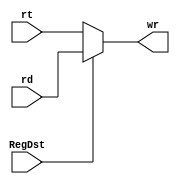
`timescale 1ns / 1ps
module ChooseReg(
	input RegDst,
	input [4:0] rt,
	input [4:0] rd,
	output reg [4:0] wr
);
	initial wr<=0;
	always@(RegDst or rt or rd) begin
		wr=(RegDst==0)?rt:rd;
	end
endmodule